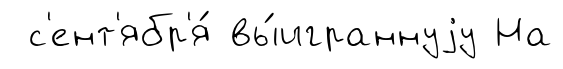
с'ент'ябр'я́ вы́играннуjу На